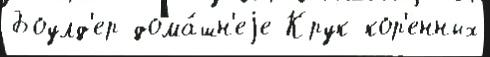
Боулд'ер дома́шн'еjе Крук кор'енных